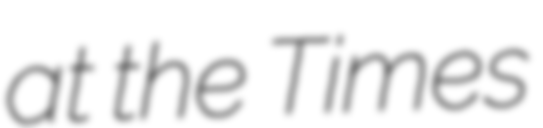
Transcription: at the Times